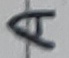
Text: A